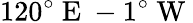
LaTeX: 120^{\circ}\mathrm{~E~}-1^{\circ}\mathrm{~W~}